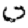
Digit: 0